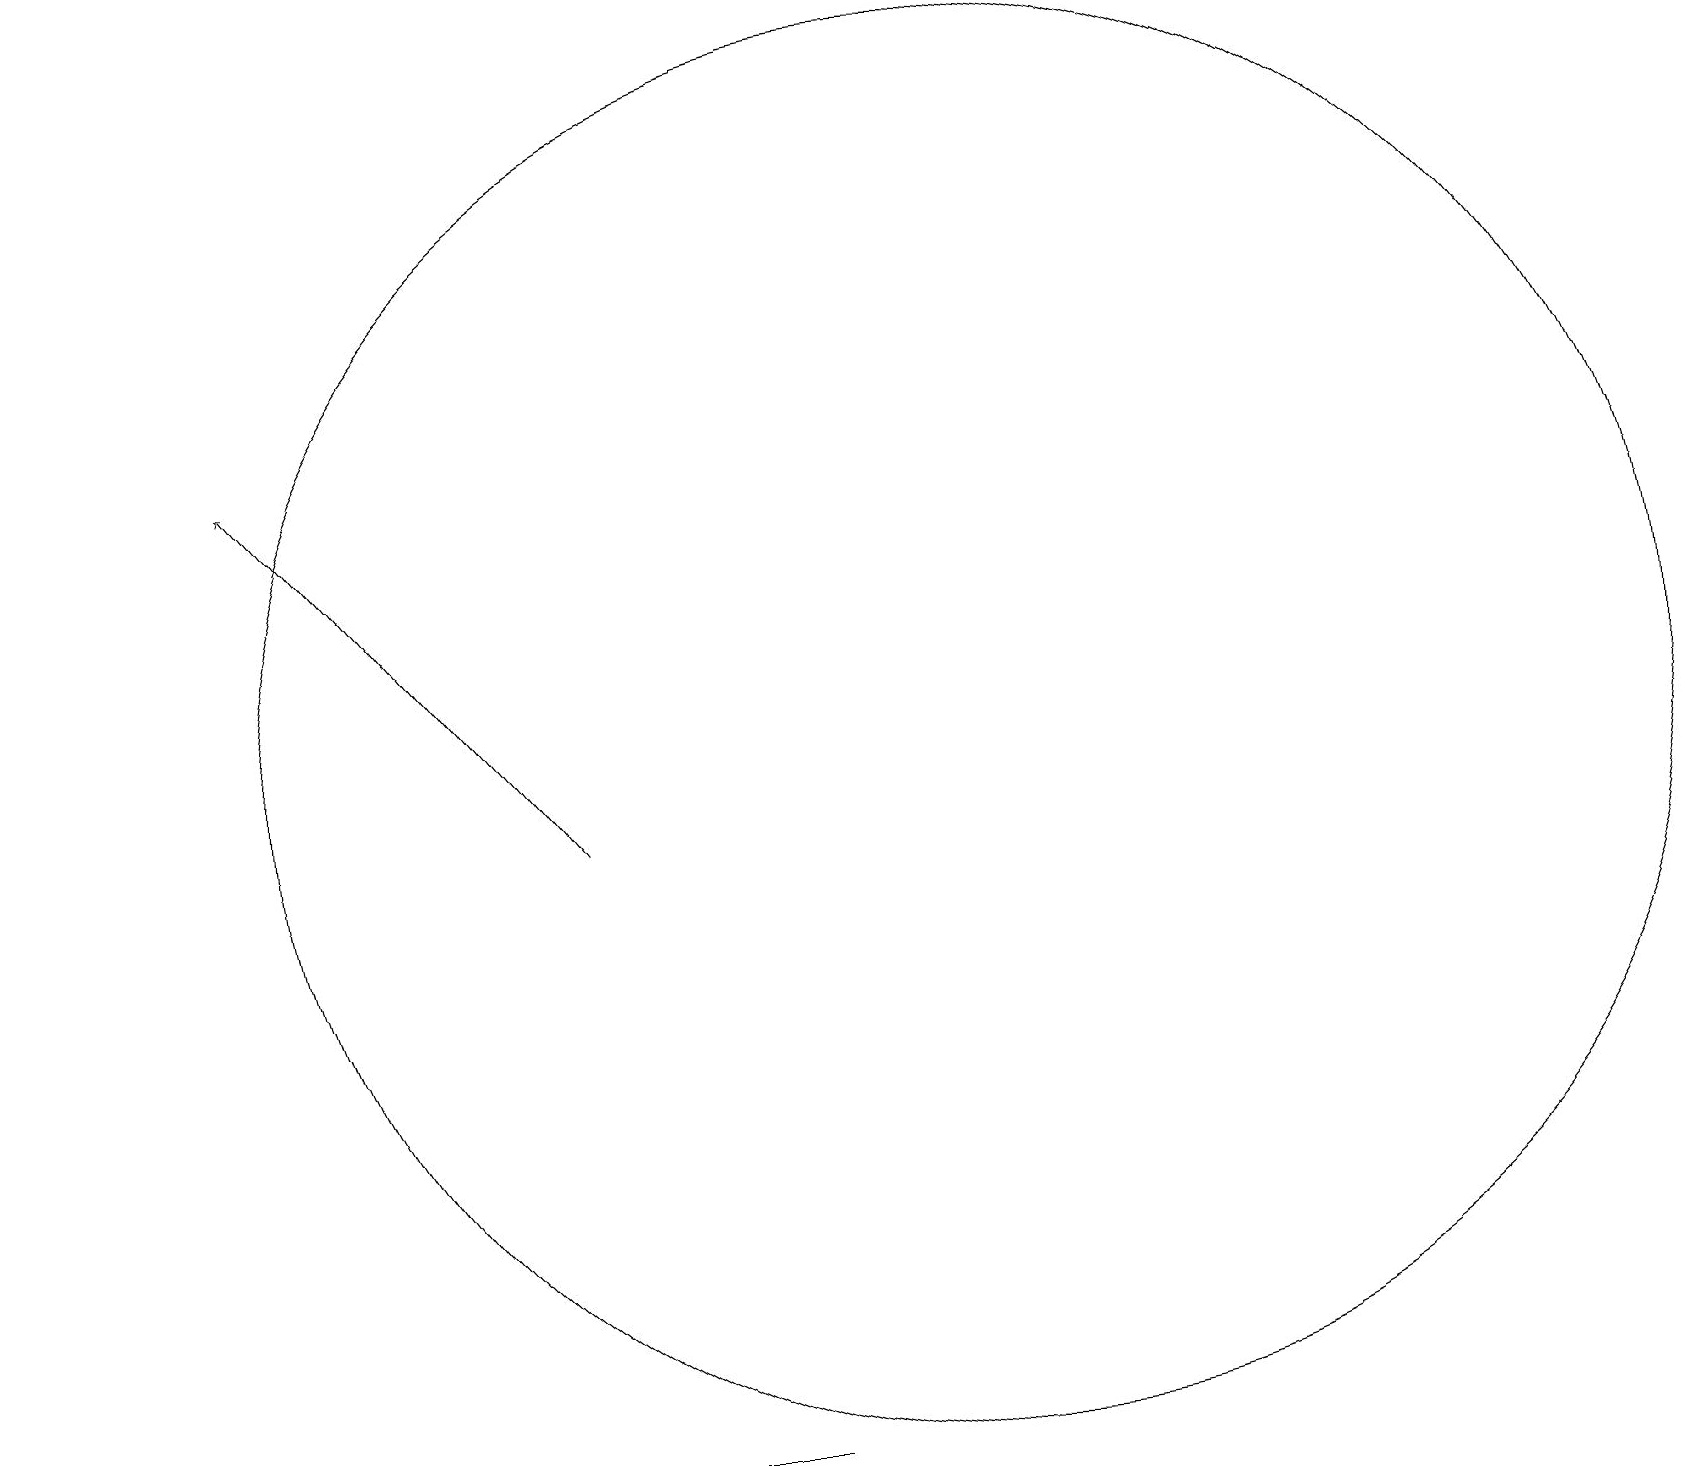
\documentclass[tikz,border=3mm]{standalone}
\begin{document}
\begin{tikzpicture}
\draw (12,12) circle (9);
\draw (0,3) -- (5,3) -- (9,3) -- cycle;
\draw[->] (7,11) -- (3,16);
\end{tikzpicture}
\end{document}